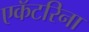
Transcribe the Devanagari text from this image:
एकॅटरिना